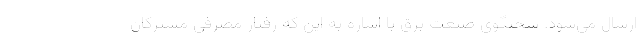
ارسال می‌شود. سخنگوی صنعت برق با اشاره به این که رفتار مصرفی مشترکان